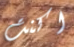
اكنت